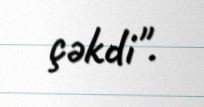
çəkdi".